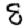
Digit: 8